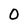
Character: O